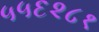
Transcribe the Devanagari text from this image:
५५६२८१